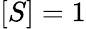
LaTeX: [S]=1